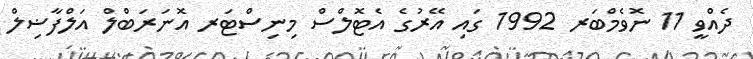
ދެއްވީ 11 ނޮވެމްބަރ 1992 ގައި އޭރުގެ އެޓޮލްސް މިނިސްޓަރ އޮނަރަބްލް އަލްފާޟިލް